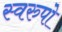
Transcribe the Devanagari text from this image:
स्वरुपो